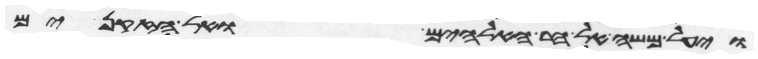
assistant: ויעל משה אל הר האלהים ואל הזקנים